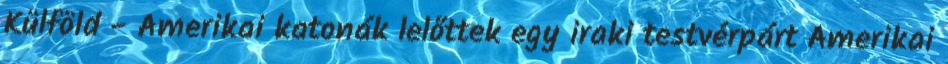
Külföld - Amerikai katonák lelőttek egy iraki testvérpárt Amerikai